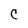
Character: c